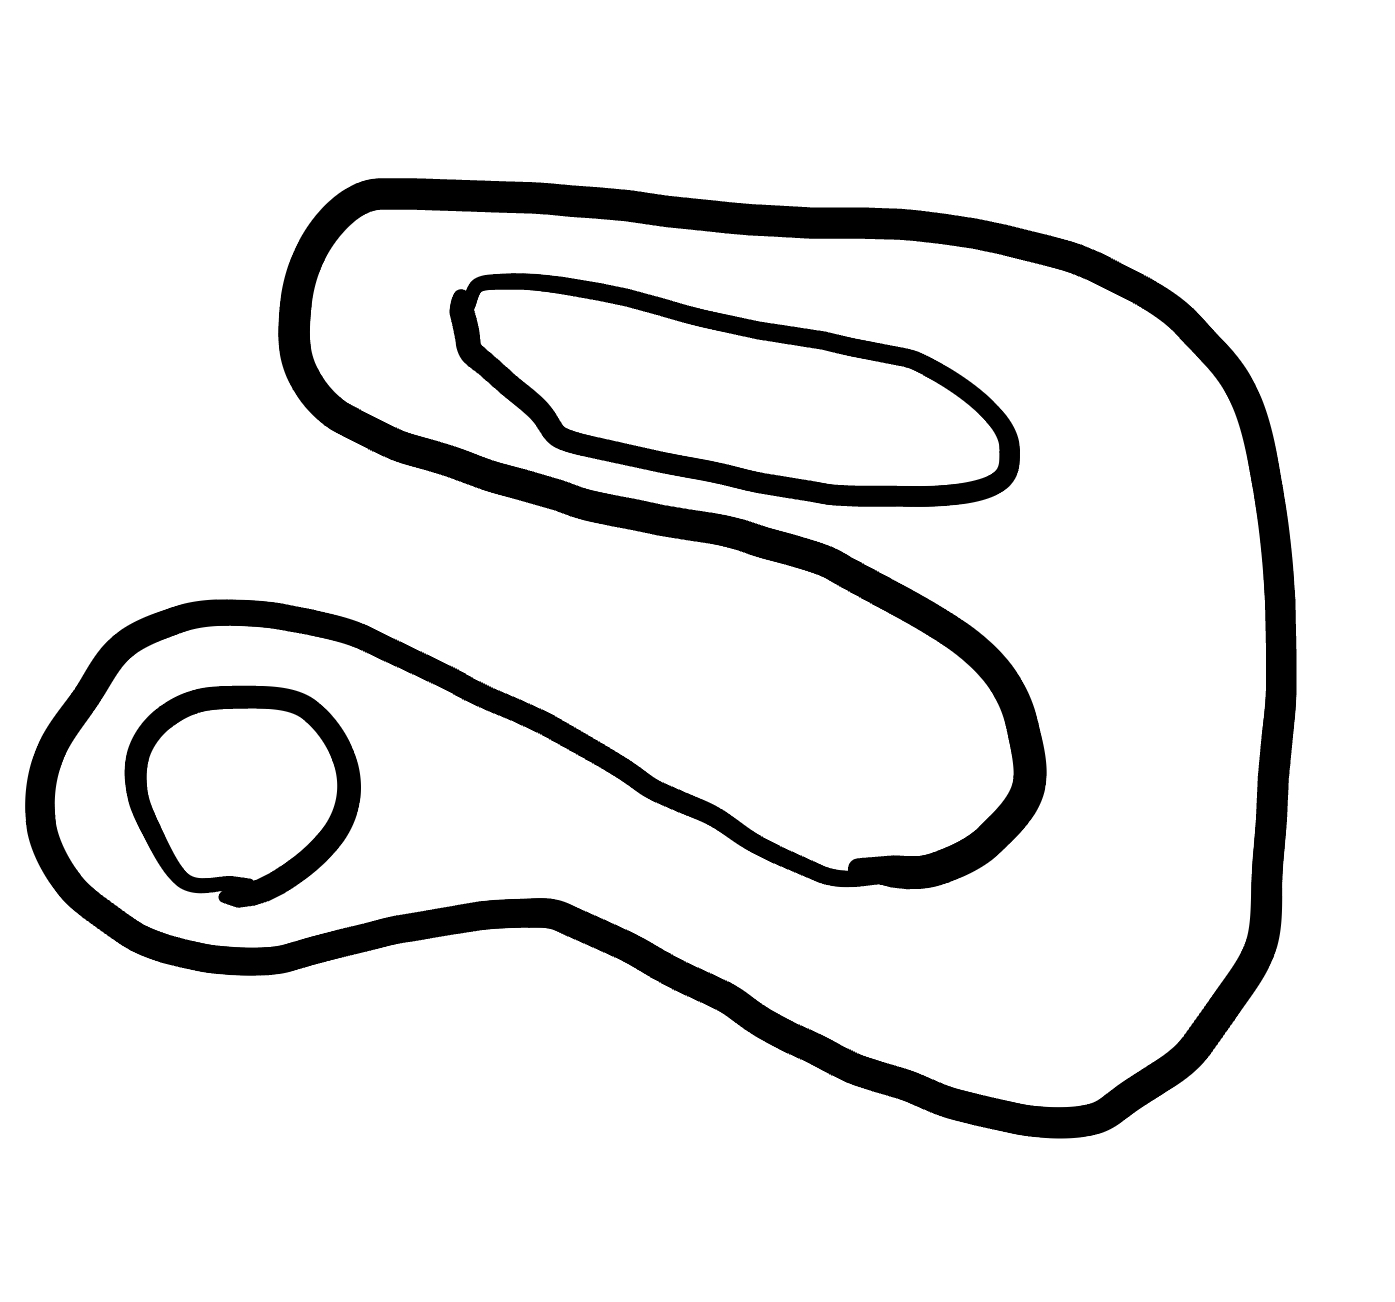
Number of regions (including the outer root region): 4
Containment tree edges (parent, child): 0, 1, 1, 2, 1, 3